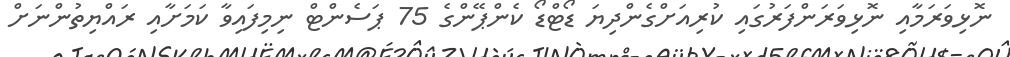
ނޮޅިވަރަމާއި ނޮޅިވަރަންފަރުގައި ކުރިއަށްގެންދިޔަ ޑޯޓްޑޯ ކެންޕޭންގެ 75 ޕަސެންޓް ނިމިފައިވާ ކަމަށާއި ރައްޔިތުންނަށް